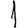
Digit: 1